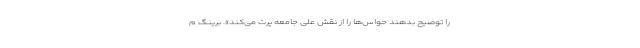
را توضیح بدهند حواس‌ها را از نقش علَّی جامعه پرت می‌کند». برینگ م